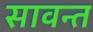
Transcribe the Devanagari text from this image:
सावन्‍त